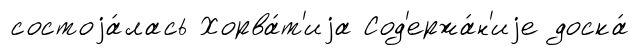
состоjа́лась Хорва́т'иjа Сод'ержа́н'иjе доска́